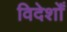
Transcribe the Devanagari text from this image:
विदेशोँ